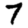
Digit: 7